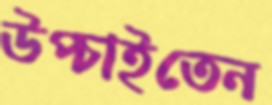
উপ্‌চাইতেন